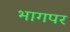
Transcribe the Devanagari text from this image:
भागपर